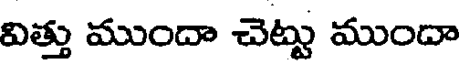
విత్తు ముందా చెట్టు ముందా